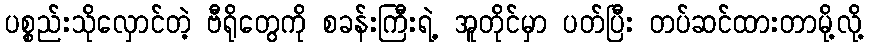
ပစ္စည်းသိုလှောင်တဲ့ ဗီရိုတွေကို စခန်းကြီးရဲ့ အူတိုင်မှာ ပတ်ပြီး တပ်ဆင်ထားတာမို့လို့